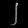
Digit: ၂